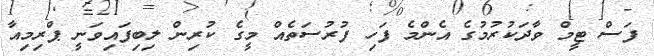
ފަސް ޓީމް ވާދަކުރުމުގެ އެންމެ ފަހި ފުރުސަތެއް މީގެ ކުރިން ލިބިފައިވަނީ ޕްރިމިއާ